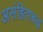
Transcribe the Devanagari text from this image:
असंहिताबद्ध